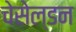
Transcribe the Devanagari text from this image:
चेसेल्डन